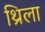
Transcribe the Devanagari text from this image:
थ्रिला